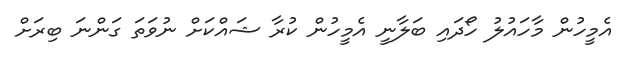
އެމީހުން މާހައުލު ހޯދައި ބަލާނީ އެމީހުން ކުރާ ޝައްކަށް ނުވަތަ ގަންނަ ބިރަށް